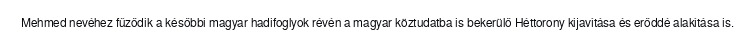
Mehmed nevéhez fűződik a későbbi magyar hadifoglyok révén a magyar köztudatba is bekerülő Héttorony kijavítása és erőddé alakítása is.